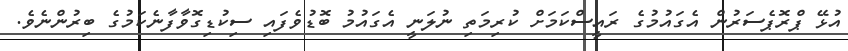
އުޅޭ ޕްރޮޕެސަރުން އެގައުމުގެ ރައީސްކަމަށް ކުރިމަތި ނުލަނީ އެގައުމު ބޮޑުވެފައި ސިކުޑިގޮވާފާނެކަމުގެ ބިރުންނެވެ.